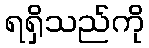
ရရှိသည်ကို